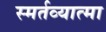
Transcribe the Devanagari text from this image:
स्मर्तव्यात्मा